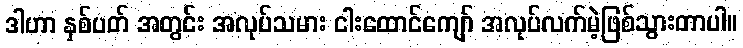
ဒါဟာ နှစ်ပတ် အတွင်း အလုပ်သမား ငါးထောင်ကျော် အလုပ်လက်မဲ့ဖြစ်သွားတာပါ။